Vabadussoja_Ajaloo_Komitee, lk 4
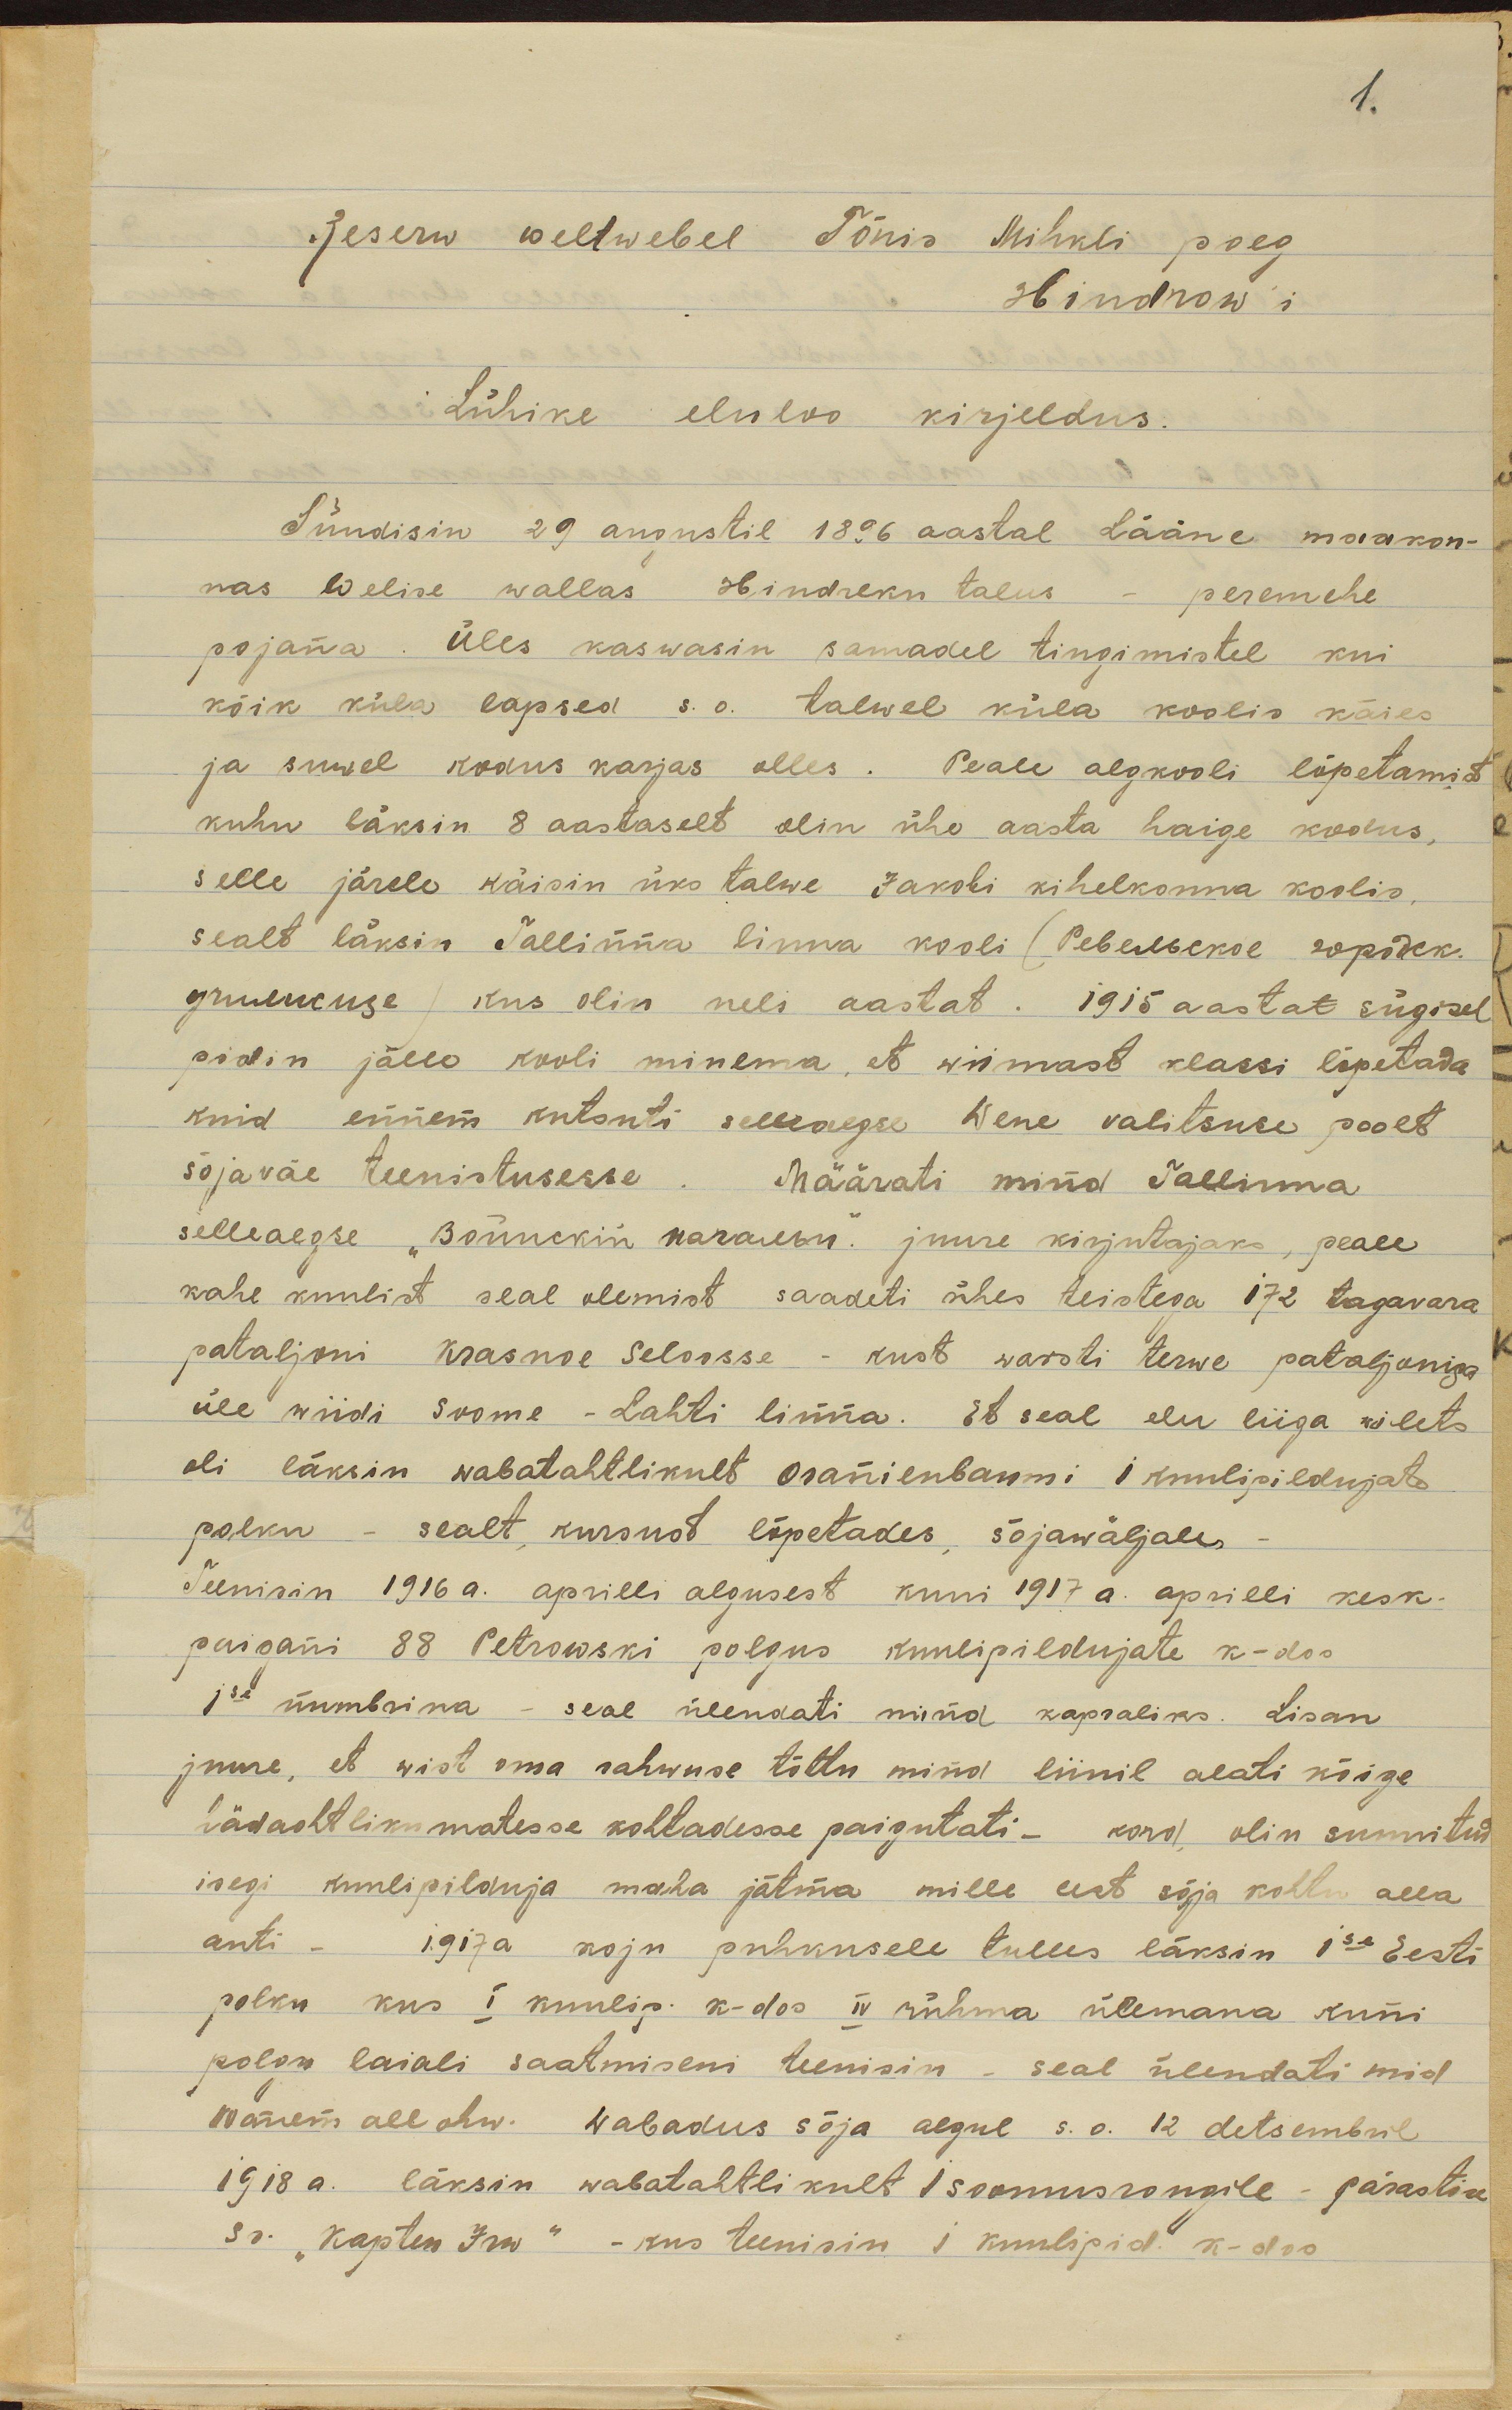
Reserw weltwebel Tõnis Mihkli poeg 
Hindrow'i
Lühike eluloo kirjeldus.
Sündisin 29 augustil 1896 aastal Lääne maakon-
nas Welise wallas Hindreku talus - peremehe
pojana. Üles kaswasin samadel tingimistel kui
kõik küla lapsed s. o. talwel küla koolis käies
ja suwel kodus karjas olles. Peale algkooli lõpetamist
kuhu läksin 8 aastaselt olin ühe aasta haige kodus,
selle järele käisin üks talwe Jakobi kihelkonna koolis,
sealt läksin Tallinna linna kooli (Ревельское городск.
училисще) kus olin neli aastat. 1915 aastat sügisel
pidin jälle kooli minema, et wiimast klassi lõpetada
kuid ennem kutsuti selleaegse Wene valitsuse poolt
sõjaväe teenistusesse. Määrati mind Tallinna
selleaegse "Войнский начальи" juure kirjutajaks, peale
kahe kuulist seal olemist saadeti ühes teistega 172 tagavara
pataljoni Krasnoe Seloosse - kust warsti terwe pataljoniga
üle wiidi Soome - Lahti linna. Et seal elu liiga wilets
oli läksin wabatahtlikult oranienbaumi I kuulipildujate
polku - sealt, kursust lõpetades, sõjawäljale -
Teenisin 1916 a. aprilli algusest kuni 1917 a. aprilli kesk-
paigani 88 Petrowski polgus kuulipildujate k-dos
Ise numbrina - seal ülendati mind kapraliks. Lisan
juure, et wist oma rahwuse tõttu mind liinil alati kõige
hädaohtlikumatesse kohtadesse paigutati - kord, olin sunnitud
isegi kuulipilduja maha jätma mille eest sõja kohtu alla 
anti. 1917a koju puhkusele tulles läksin Ise Eesti
polku kus I kuulip. k-dos IV rühma ülemana kuni
polgu laiali saatmiseni teenisin - seal ülendati mid
wanem allohw. Wabadus sõja algul s. o. 12 detsembril
1918 a. läksin wabatahtlikult I soomusrongile - pärastise
sr. "Kapten Irw" - kus teenisin I kuulipid. k-dos